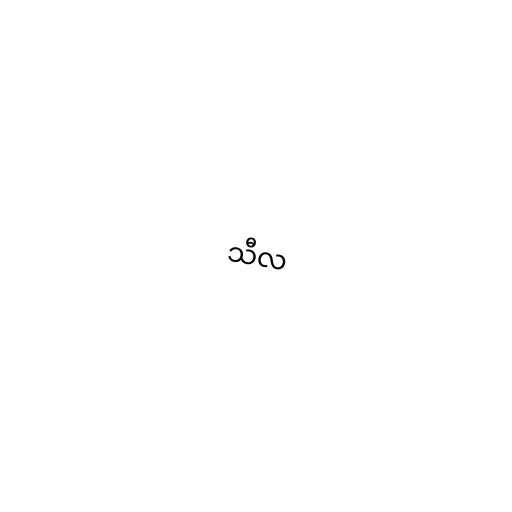
သီလ